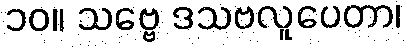
၁၀။ သဗ္ဗေ ဒသဗလူပေတာ၊